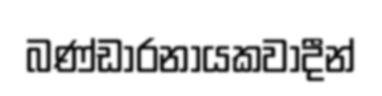
බණ්ඩාරනායකවාදීන්